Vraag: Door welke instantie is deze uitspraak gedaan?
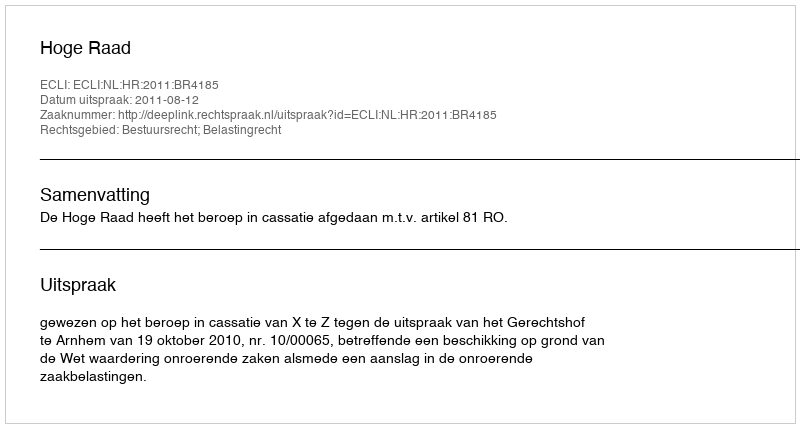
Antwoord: Hoge Raad